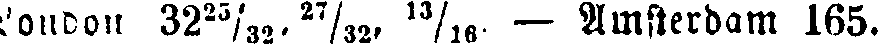
London 32 25/32, 27/32, 13/16. — Amsterdam 165.